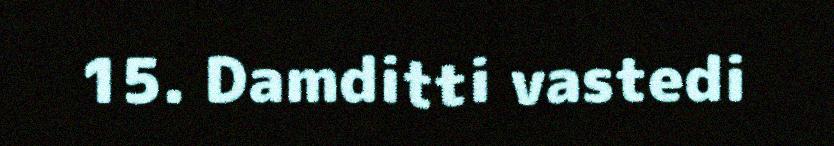
15. Damditti vastedi